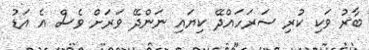
ބާރު ވަކި ކުރި ސަރަހައްދޭ ކިޔައި ނަންދޭ ވަރަށް ވެސް އެ އަޑު